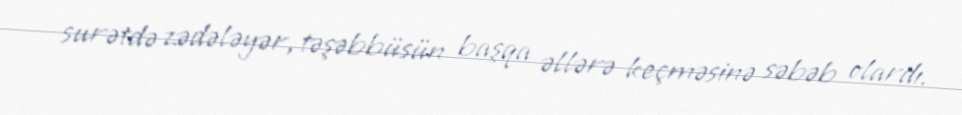
surətdə zədələyər, təşəbbüsün başqa əllərə keçməsinə səbəb olardı.